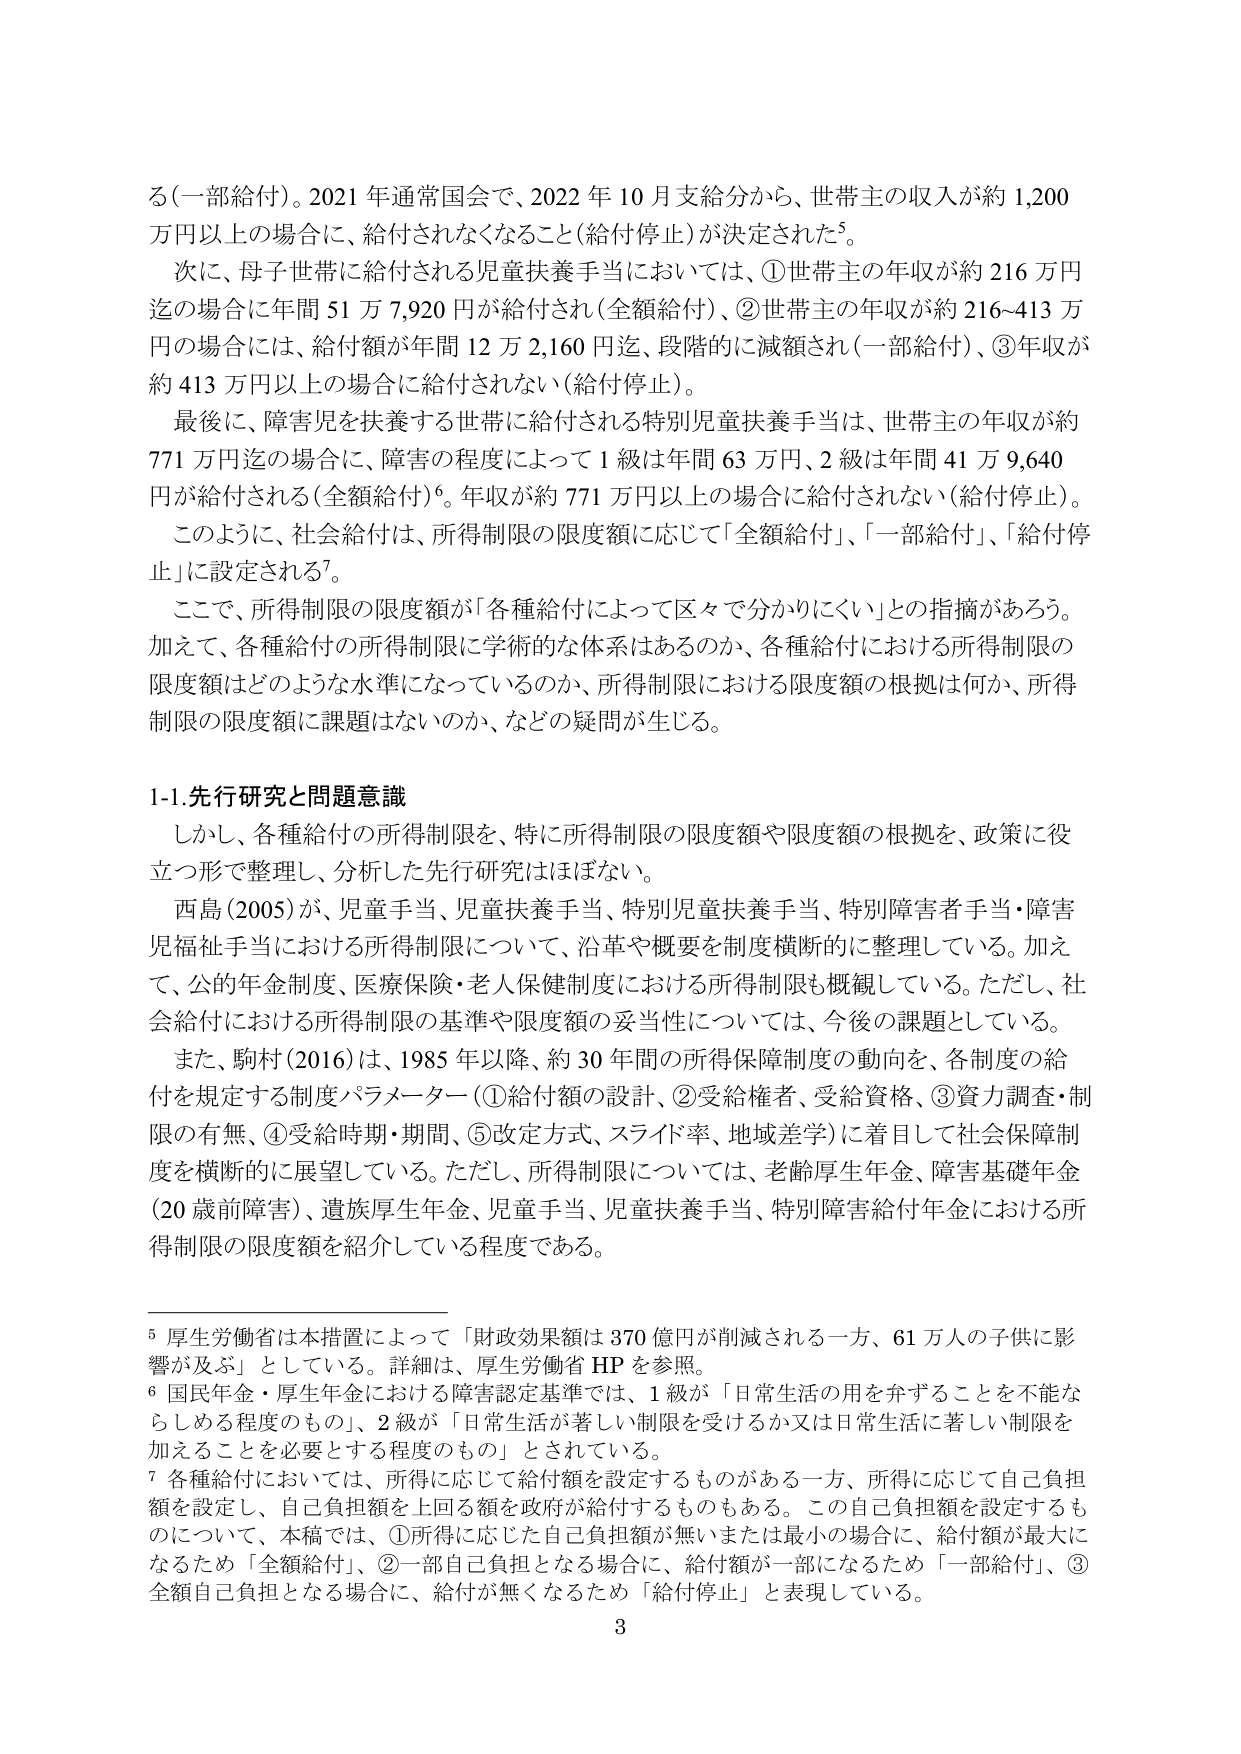
る（一部給付）。2021年通常国会で、2022年10月支給分から、世帯主の収入が約1,200万円以上の場合に、給付されなくなること（給付停止）が決定された⁵。

次に、母子世帯に給付される児童扶養手当においては、①世帯主の年収が約216万円迄の場合に年間51万7,920円が給付され（全額給付）、②世帯主の年収が約216～413万円の場合には、給付額が年間12万2,160円迄、段階的に減額され（一部給付）、③年収が約413万円以上の場合に給付されない（給付停止）。

最後に、障害児を扶養する世帯に給付される特別児童扶養手当は、世帯主の年収が約771万円迄の場合に、障害の程度によって1級は年間63万円、2級は年間41万9,640円が給付される（全額給付）⁶。年収が約771万円以上の場合に給付されない（給付停止）。

このように、社会給付は、所得制限の限度額に応じて「全額給付」、「一部給付」、「給付停止」に設定される⁷。

ここで、所得制限の限度額が「各種給付によって区々で分かりにくい」との指摘があろう。加えて、各種給付の所得制限に学術的な体系はあるのか、各種給付における所得制限の限度額はどのような水準になっているのか、所得制限における限度額の根拠は何か、所得制限の限度額に課題はないのか、などの疑問が生じる。

1-1. 先行研究と問題意識

しかし、各種給付の所得制限を、特に所得制限の限度額や限度額の根拠を、政策に役立つ形で整理し、分析した先行研究はほぼない。

西島（2005）が、児童手当、児童扶養手当、特別児童扶養手当、特別障害者手当・障害児福祉手当における所得制限について、沿革や概要を制度横断的に整理している。加えて、公的年金制度、医療保険・老人保健制度における所得制限も概観している。ただし、社会給付における所得制限の基準や限度額の妥当性については、今後の課題としている。

また、駒村（2016）は、1985年以降、約30年間の所得保障制度の動向を、各制度の給付を規定する制度パラメーター（①給付額の設計、②受給権者、受給資格、③資力調査・制限の有無、④受給時期・期間、⑤改定方式、スライド率、地域差等）に着目して社会保障制度を横断的に展望している。ただし、所得制限については、老齢厚生年金、障害基礎年金（20歳前障害）、遺族厚生年金、児童手当、児童扶養手当、特別障害給付年金における所得制限の限度額を紹介している程度である。

⁵ 厚生労働省は本措置によって「財政効果額は370億円が削減される一方、61万人の子供に影響が及ぶ」としている。詳細は、厚生労働省HPを参照。

⁶ 国民年金・厚生年金における障害認定基準では、1級が「日常生活の用を弁ずることを不能ならしめる程度のもの」、2級が「日常生活が著しい制限を受けるか又は日常生活に著しい制限を加えることを必要とする程度のもの」とされている。

⁷ 各種給付においては、所得に応じて給付額を設定するものがある一方、所得に応じて自己負担額を設定し、自己負担額を上回る額を政府が給付するものもある。この自己負担額を設定するものについて、本稿では、①所得に応じた自己負担額が無いまたは最小の場合に、給付額が最大になるため「全額給付」、②一部自己負担となる場合に、給付額が一部になるため「一部給付」、③全額自己負担となる場合に、給付が無くなるため「給付停止」と表現している。

3